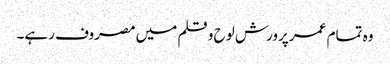
وہ تمام عمر پرورش لوح و قلم میں مصروف رہے۔